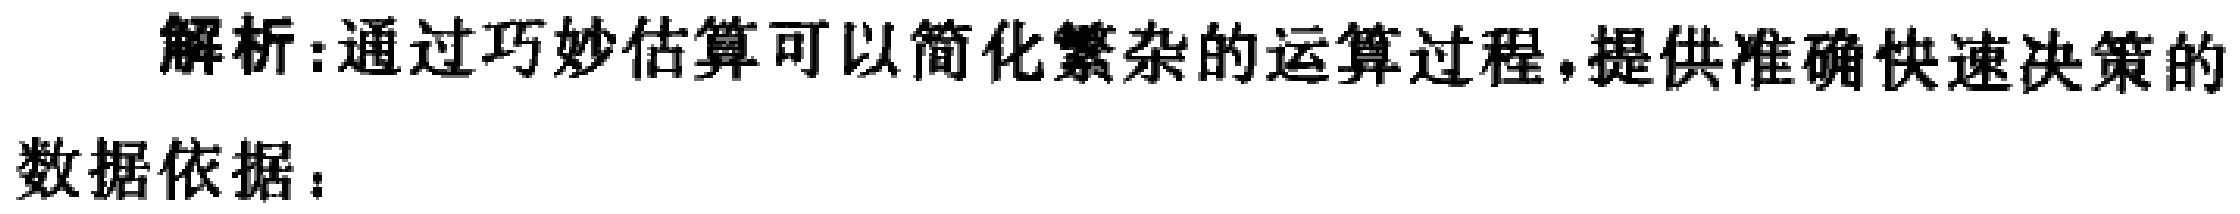
解析:通过巧妙估算可以简化繁杂的运算过程,提供准确快速决策的数据依据：